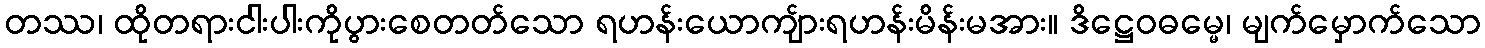
တဿ၊ ထိုတရားငါးပါးကိုပွားစေတတ်သော ရဟန်းယောကျ်ားရဟန်းမိန်းမအား။ ဒိဋ္ဌေဝဓမ္မေ၊ မျက်မှောက်သော